Leningradi_Edasi_toimetus, lk 30
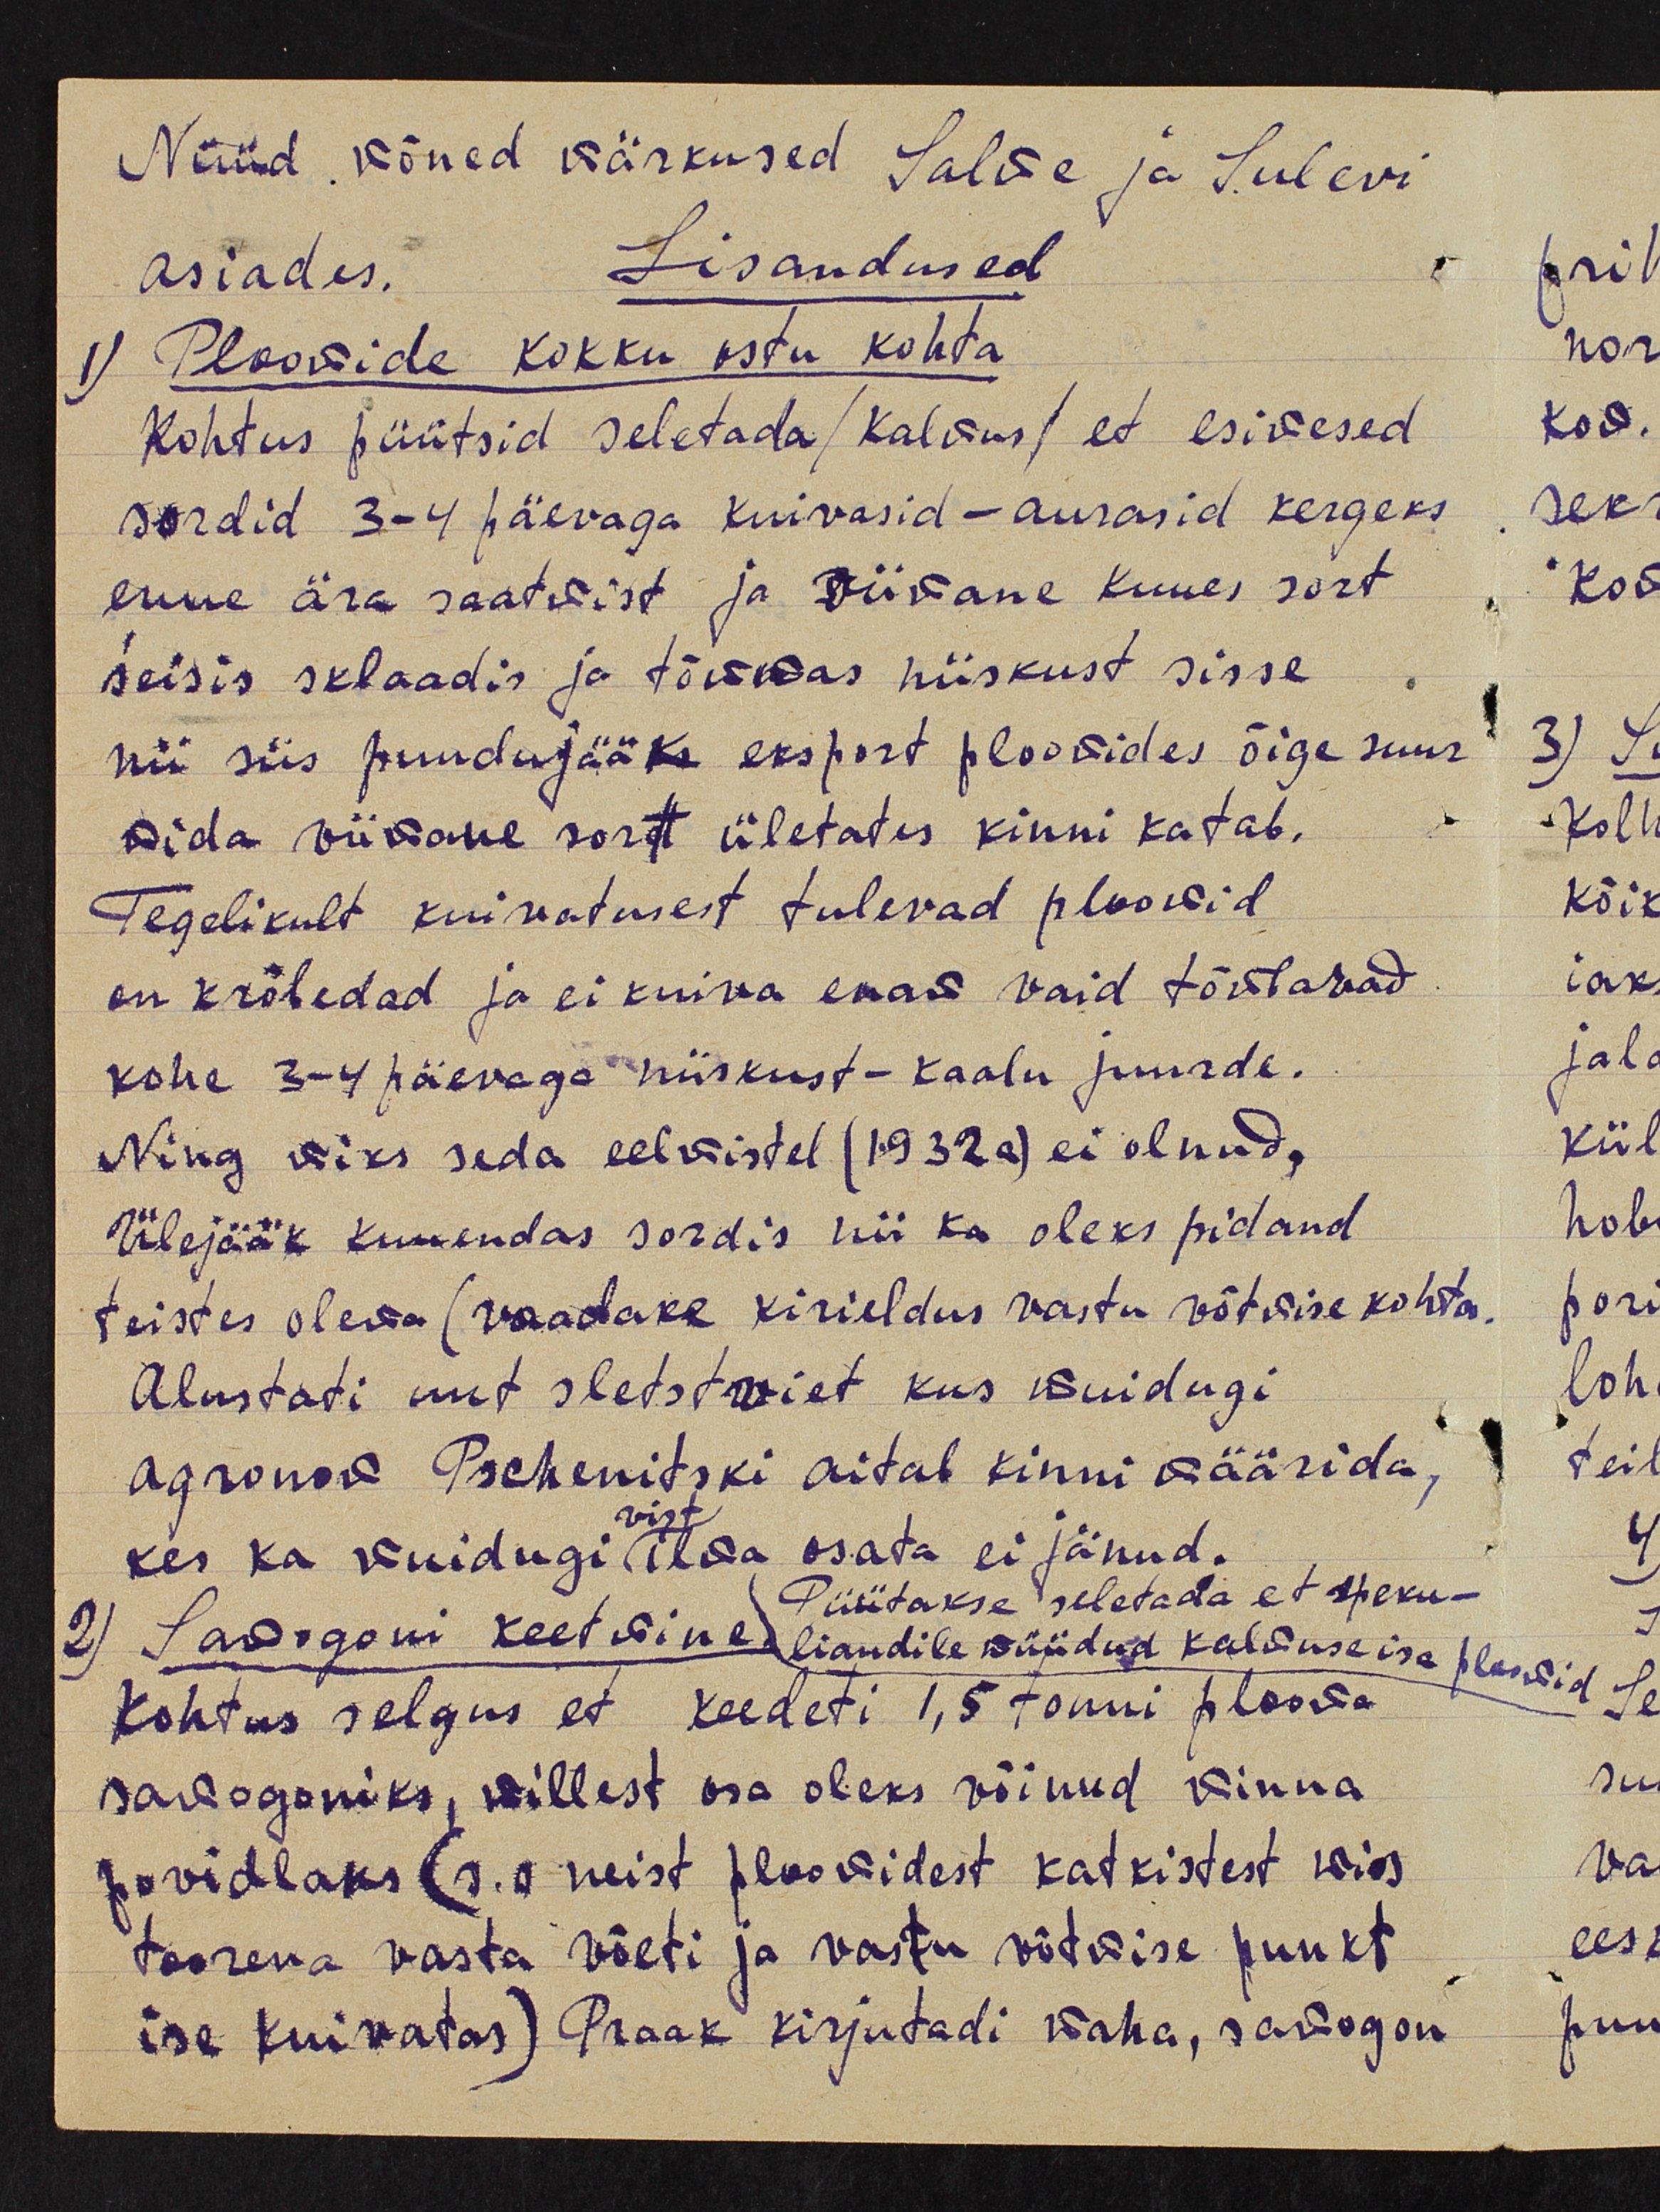
Nüüd mõned märkused Salve ja Sulevi
asiades.
Lisandused
1) Ploomide kokku ostu kohta
Kohtus püütsid seletada (kalvus) et esimesed
sordid 3-4 päevaga kuivasid - aurasid kergeks
enne ära saatmist ja viimane kuues sort
seisis sklaadis ja tõmbas niiskust sisse,
nii siis puudujääke eksport ploomides õige suur
mida viimane sort ületates kinni katab.
Tegelikult kuivatusest tulevad ploomid
on krõbedad ja ei kuiva enam vaid tõstavad
kohe 3-4 päevaga niiskust-kaalu juurde.
Ning miks seda eelmistel (1932a) ei olnud,
Ülejääk kuuendas sordis nii ka oleks pidand
teistes olema (vaadake kirjeldus vastu võtmise kohta,
Alustati uut sletstmiet kus muidugi
agronom Pschenitski aitab kinni määrida,
vist
kes ka muidugi ilma osata ei jänud.
Püütakse seletada et speku-
2) Samogoni keetmine liandile püüdud kalduse isa ploomid
Kohtus selgus et keedeti 1,5 tonni ploome
samagoniks, millest osa oleks võinud minna
povidloks (s.o neist ploomidest katkistest mis
toorena vasta võeti ja vastu võtmise punkt
ise kuivatas) Praak kirjutadi maha, samogon